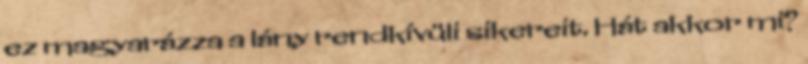
ez magyarázza a lány rendkívüli sikereit. Hát akkor mi?